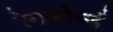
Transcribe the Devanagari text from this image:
रेनफोर्स्ड